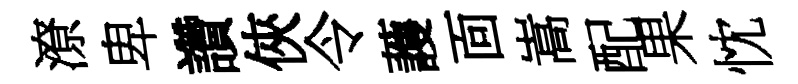
潦卑讚俠令䕶靣嵩配果忱